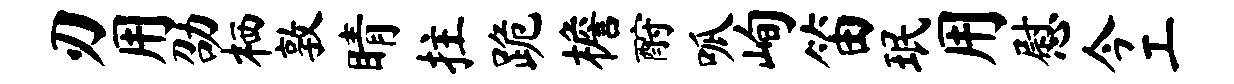
刃用劭栖敦睛拄跪檐酹呱峋笛珉用慰今工